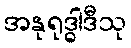
အနုရုဒ္ဓါဒီသု